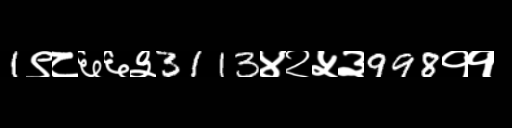
Text: 1९८६६३3113४२५३998११